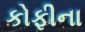
કોફીના